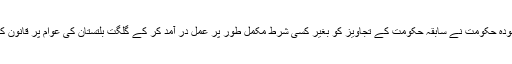
پاکستان مسلم لیگ ن کی موجودہ حکومت نے سابقہ حکومت کے تجاویز کو بغیر کسی شرط مکمل طور پر عمل در آمد کر کے گلگت بلتستان کی عوام پر قانون کی شکل میں لاگو کر دیا ہے۔